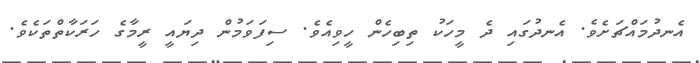
އެނދުމައްޗަށެވެ. އެނދުގައި ދެ މީހަކު ތިބިހެން ހީވިއެވެ. ސިފަވަމުން ދިޔައީ ރީމާގެ ހަރަކާތްތަކެވެ.